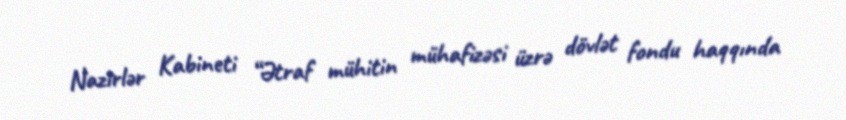
Nazirlər Kabineti “Ətraf mühitin mühafizəsi üzrə dövlət fondu haqqında